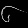
Digit: ၆